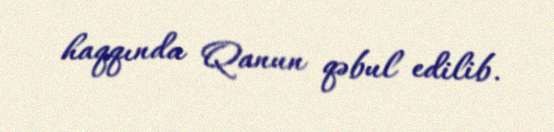
haqqında Qanun qəbul edilib.